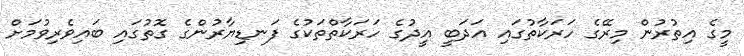
މީގެ އިތުރުން މިރޭގެ ހަރަކާތުގައި އަދަބީ އީދުގެ ހަރަކާތްތަކުގެ ފަނޑިޔާރުންގެ ގޮތުގައި ބައިވެރިވުމަށް